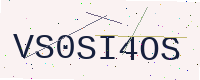
Text: VS0SI4OS